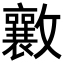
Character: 𭤑